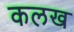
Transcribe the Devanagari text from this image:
कलख